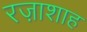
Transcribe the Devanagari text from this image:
रज़ाशाह